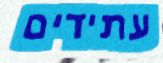
עתידים